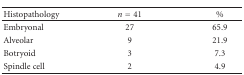
| Histopathology | n = 41 | % |
 | --- | --- | --- |
 | Embryonal | 27 | 65.9 |
 | Alveolar | 9 | 21.9 |
 | Botryoid | 3 | 7.3 |
 | Spindle cell | 2 | 4.9 |